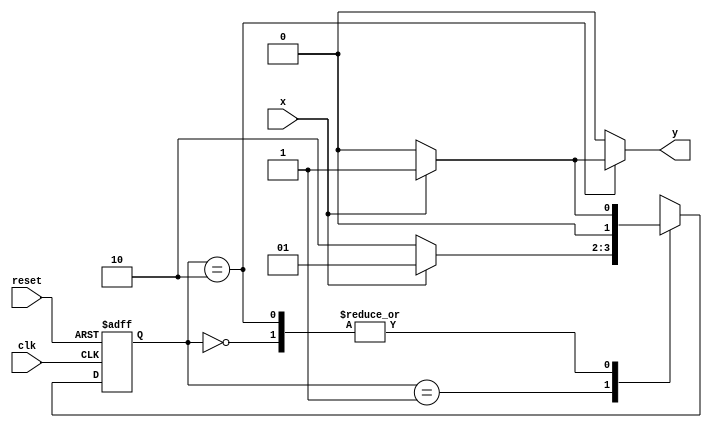
// Nome: Raphaela Fernanda Silva


`define found    1
`define notfound 0


module ex01_seq010_mealy(y,x,clk,reset);

output y;
input  x;
input  clk;
input  reset;

reg    y;

parameter 
		start  = 2'b00,
		id0    = 2'b01,
		id01   = 2'b10;

reg [1:0] E1;
reg [1:0] E2;

always @( x or E1 )
	begin
		y = `notfound;
		
		case ( E1 )
			start:
				if ( x )
					E2 = id0;
				else
					E2 = start;
				
			id0:
				if ( x )
					E2 = id0;
				else
					E2 = id01;

			id01:
				if ( x )
				begin
					E2 =  id0;
					y  = `found;
				end
				else
				begin
					E2 =  start;
					y  = `notfound;
				end
	 
			default:
				E2 =  2'bxx;
endcase
	  
end 

	always @( posedge clk or negedge reset )
		begin
			if ( reset )
				E1 = E2;  
			else
				E1 = 0; 
end 

endmodule


module Ex01;
	
reg   clk, reset, x;
wire  m1;

ex01_seq010_mealy M1(m1,x,clk,reset);

initial
begin
		$display("Exercicio01 - Guia 10");
		$display("\ntime\tx   seq 010" );

       clk   = 1;
       reset = 0;
       x     = 0;


		#10   reset = 1;
		#10  x = 1;
		#10  x = 0;
		#10  x = 0;
		#10  x = 1;
		#10  x = 0;
		#10  x = 1;
		#10  x = 1;
		#10  x = 1;
		#10  x = 1;
		#10  x = 0;
		#10  x = 1;
		#10  x = 1;
		#10  x = 1;
		#10  x = 0;
		#10  x = 1;
		#10  x = 0;
		#10  x = 0;
		#10  x = 0;
		
		#5 $finish;
	
end

	always
	#5 clk = ~clk;

	always @( posedge clk )
	begin
		$display ( "%4d \t%b\t%b", $time, x, m1);
	end 

endmodule